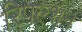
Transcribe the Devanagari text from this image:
रिपल्शन